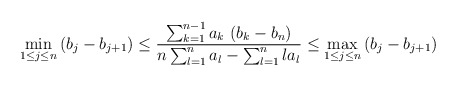
\begin{align*}\min_{1\leq j\leq n}\left( b_{j}-b_{j+1}\right) \leq\frac{\sum_{k=1}^{n-1}a_{k}\,\left( b_{k}-b_{n}\right) }{n\sum_{l=1}^{n}a_{l}-\sum_{l=1}^{n}la_{l}}\leq\max_{1\leq j\leq n}\left( b_{j}-b_{j+1}\right)\end{align*}